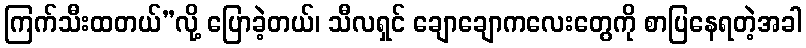
ကြက်သီးထတယ်”လို့ ပြောခဲ့တယ်၊ သီလရှင် ချောချောကလေးတွေကို စာပြနေရတဲ့အခါ